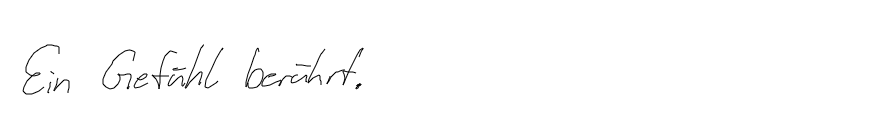
Ein Gefühl berührt.